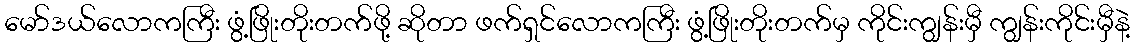
မော်ဒယ်လောကကြီး ဖွံ့ဖြိုးတိုးတက်ဖို့ ဆိုတာ ဖက်ရှင်လောကကြီး ဖွံ့ဖြိုးတိုးတက်မှ ကိုင်းကျွန်းမှီ ကျွန်းကိုင်းမှီနဲ့